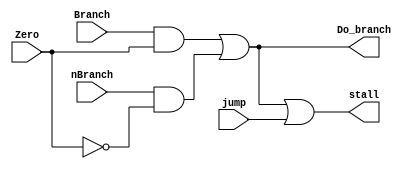
module branch_detect(input Branch,
                     input Zero,
                     input nBranch,
                     input jump,
                     output Do_branch,
                     output stall);

//detects during execution after result is calculated whether to do branch or jump
//FOR BEQ: Branch is one and zero flag is one
//FOR BNE: nBranch is one and zero is zero

assign Do_branch = (Branch&Zero)|(nBranch&(!Zero));
assign stall = (Branch&Zero)|(nBranch&(!Zero))|(jump);

endmodule